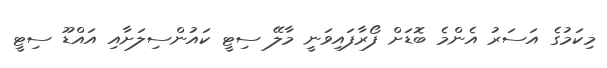
މިކަމުގެ އަސަރު އެންމެ ބޮޑަށް ފޯރާފައިވަނީ މާލޭ ސިޓީ ކައުންސިލަށާއި އައްޑޫ ސިޓީ